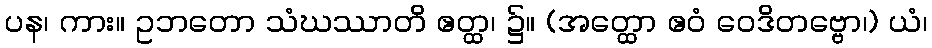
ပန၊ ကား။ ဥဘတော သံဃဿာတိ ဧတ္ထ၊ ၌။ (အတ္ထော ဧဝံ ဝေဒိတဗ္ဗော၊) ယံ၊